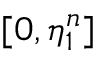
[ 0 , \eta _ { 1 } ^ { n } ]